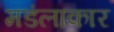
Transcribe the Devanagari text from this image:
मडंलाकार